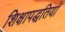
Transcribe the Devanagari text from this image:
शिक्षापद्धतियाँ